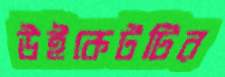
উইকেটটির